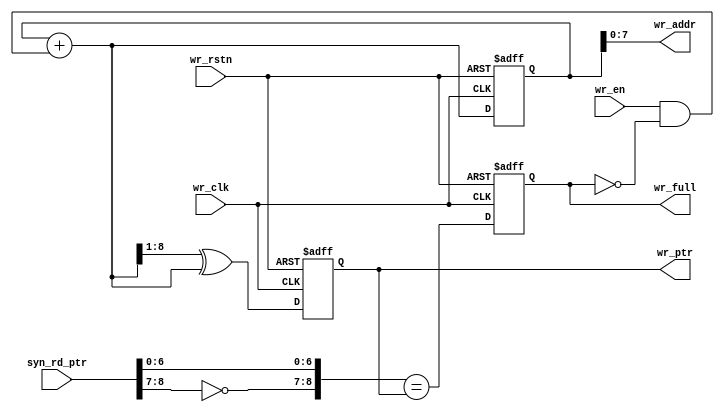
module wr_full#(
	parameter ADDR_WIDTH = 8)(
	input 	 					wr_clk,
	input 						wr_rstn,
	input 						wr_en,
	input 	[ADDR_WIDTH:0]		syn_rd_ptr,

	output  [ADDR_WIDTH:0]		wr_ptr,
	output	[ADDR_WIDTH-1:0] 	wr_addr,
	output 	reg					wr_full);

	reg		[ADDR_WIDTH:0]		wr_tpr_gray;
	wire 	[ADDR_WIDTH:0]		wr_tpr_gray_next;
	reg 	[ADDR_WIDTH:0]		wr_ptr_bin;
	wire 	[ADDR_WIDTH:0]		wr_ptr_bin_next;
	//count bin & gray wr_addr
	always @(posedge wr_clk or negedge wr_rstn) begin
		if (wr_rstn == 1'b0) 	{wr_ptr_bin,wr_tpr_gray} <= 16'b0;
		else 					{wr_ptr_bin,wr_tpr_gray} <= {wr_ptr_bin_next,wr_tpr_gray_next};
	end
	assign wr_ptr = wr_tpr_gray;
	assign wr_addr = wr_ptr_bin[ADDR_WIDTH-1:0];
	assign wr_ptr_bin_next = wr_ptr_bin + (wr_en & ~ wr_full);
	assign wr_tpr_gray_next = (wr_ptr_bin_next >> 1) ^ wr_ptr_bin_next;

	//generate wr_full
	wire 						wr_full_reg;
	assign wr_full_reg = ({~syn_rd_ptr[ADDR_WIDTH:ADDR_WIDTH-1],syn_rd_ptr[ADDR_WIDTH-2:0]} == wr_ptr);
	always @(posedge wr_clk or negedge wr_rstn) begin
		if (wr_rstn == 1'b0) wr_full <= 0;
		else 				 wr_full <= wr_full_reg;
	end
endmodule